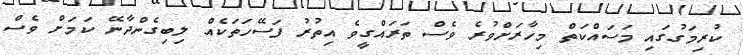
ކުރިމަގުގައި މަސައްކަތް މިހާރަށްވުރެ ވެސް ތަރައްގީވެ އިތުރު ފަސޭހަތަކެއް ލިބިގެންދާނޭ ކަމަށް ވެސް